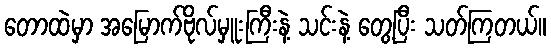
တောထဲမှာ အမြောက်ဗိုလ်မှူးကြီးနဲ့ သင်းနဲ့ တွေ့ပြီး သတ်ကြတယ်။